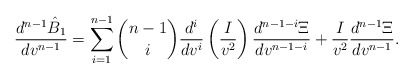
\begin{align*} \frac{d^{n-1}\hat{B}_1}{dv^{n-1}}=\sum_{i=1}^{n-1}\binom{n-1}{i}\frac{d^i}{dv^i}\left(\frac{I}{v^2}\right)\frac{d^{n-1-i}\Xi}{dv^{n-1-i}}+\frac{I}{v^2}\frac{d^{n-1}\Xi}{dv^{n-1}}.\end{align*}